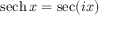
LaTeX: \operatorname { s e c h } x = \sec ( i x )